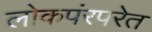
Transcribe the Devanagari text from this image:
लोकपंरपरेत